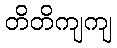
တိတိကျကျ